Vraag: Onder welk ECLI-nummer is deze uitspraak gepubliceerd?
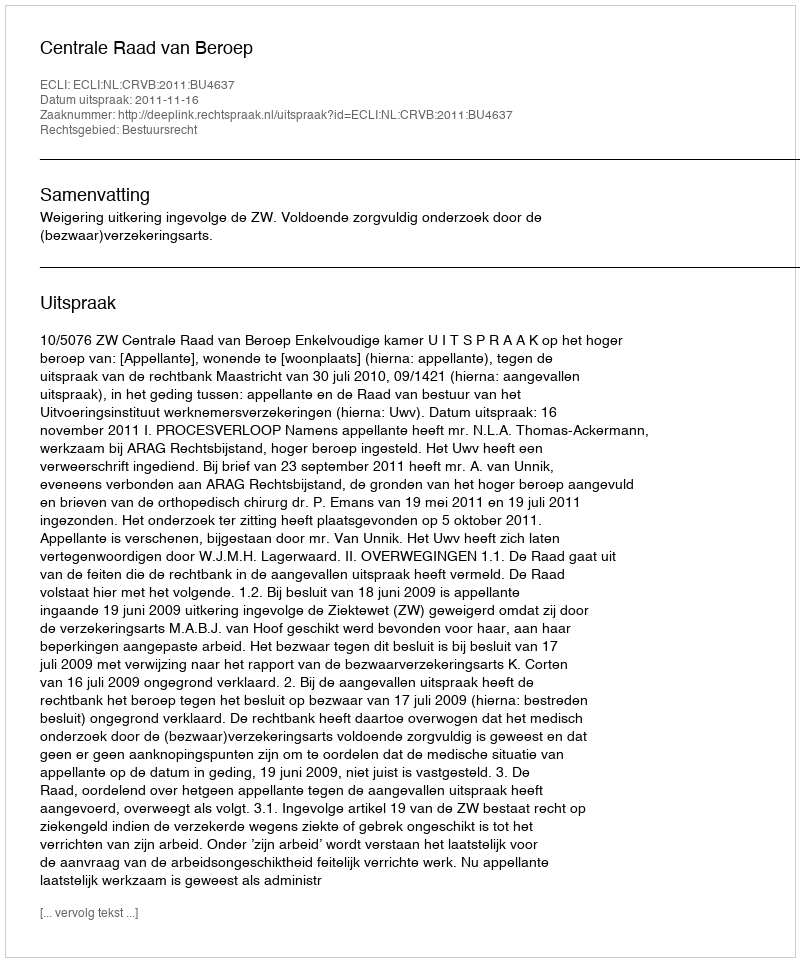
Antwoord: ECLI:NL:CRVB:2011:BU4637